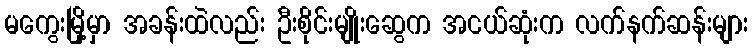
မကွေးမြို့မှာ အခန်းထဲလည်း ဦးစိုင်းမျိုးဆွေက အငယ်ဆုံးက လက်နက်ဆန်းများ